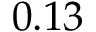
0 . 1 3